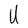
Character: U